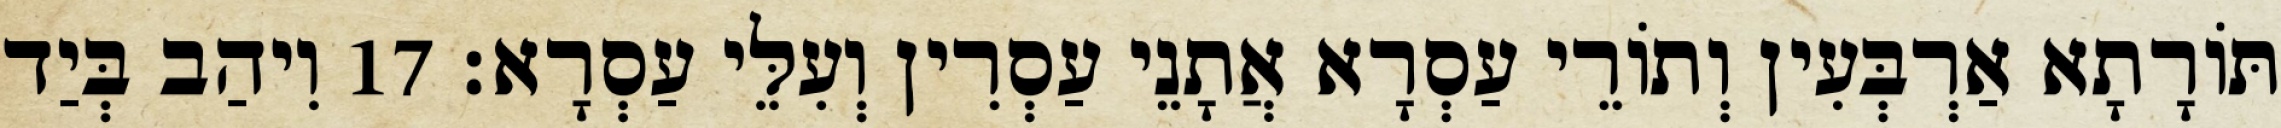
תּוֹרָתָא אַרְבְּעִין וְתוֹרֵי עַסְרָא אֲתָנֵי עַסְרִין וְעִלֵּי עַסְרָא׃ 17 וִיהַב בְּיַד